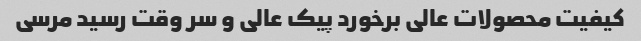
کیفیت محصولات عالی برخورد پیک عالی و سر وقت رسید مرسی